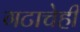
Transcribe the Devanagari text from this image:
गटाचेही